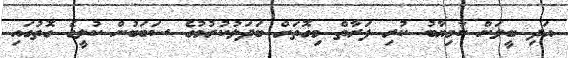
އަދި ބީލަން ކާމިޔާބު ކުރި ފަރާތް މިގޮތަށް ބަދަލުކުރުމުގެ ސަބަބުން ކުލީގެ ގޮތުގައި